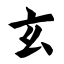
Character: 玄